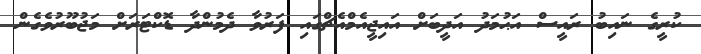
ކުރީގެ ނައިބު ރައީސް އަޙުމަދު އަދީބަށް އައިޖީއެމްއެޗްގައި ފަރުވާ ދެމުންދާ ޑޮކްޓަރަށް މަޖުބޫރުވެގެން